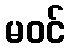
မဝင်